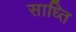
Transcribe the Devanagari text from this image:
साध्ति